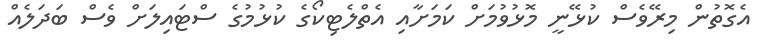
އެގޮތުން މިރޭވެސް ކުޅޭނީ މޮޅުވުމަށް ކަމަށާއި އެތްލެޓިކޯގެ ކުޅުމުގެ ސްޓައިލަށް ވެސް ބަދަލެއް